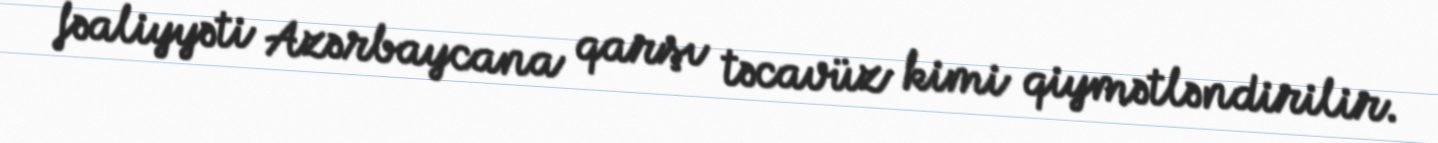
fəaliyyəti Azərbaycana qarşı təcavüz kimi qiymətləndirilir.